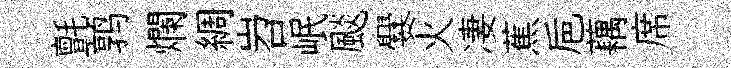
氈鹑爛綢岧岷颷爨火凄蕉巵藕席